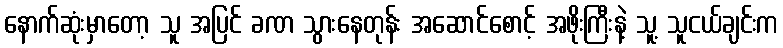
နောက်ဆုံးမှာတော့ သူ အပြင် ခဏ သွားနေတုန်း အဆောင်စောင့် အဖိုးကြီးနဲ့ သူ့ သူငယ်ချင်းက